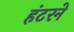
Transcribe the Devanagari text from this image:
हंटरने